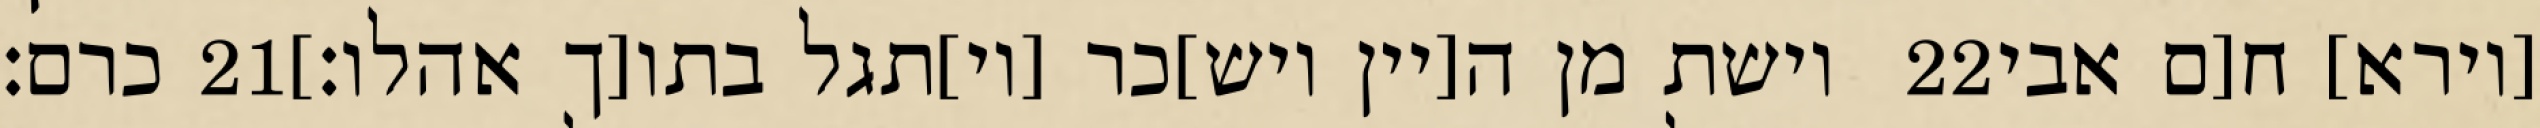
כרם׃ ‎21‏ וישת מן ה[יין ויש]כר [וי]תגל בתו[ך אהלו׃] ‎22‏ [וירא] ח[ם אבי